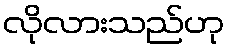
လိုလားသည်ဟု